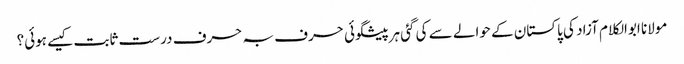
مولانا ابوالکلام آزاد کی پاکستان کے حوالے سے کی گئی ہرپیشگوئی حرف بہ حرف درست ثابت کیسے ہوئی؟